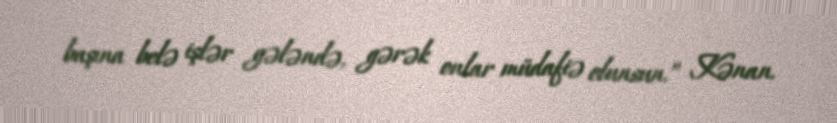
başına belə işlər gələndə, gərək onlar müdafiə olunsun.” Kənan.